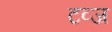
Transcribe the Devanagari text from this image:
टव्ज